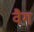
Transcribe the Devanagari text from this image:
वैग